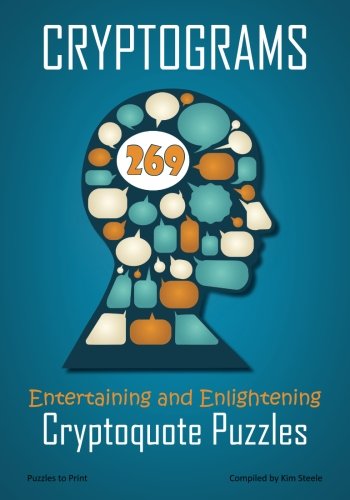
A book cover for Cryptograms: 269 Entertaining and Enlightening Cryptoquote Puzzles; Kim Steele; Humor & Entertainment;